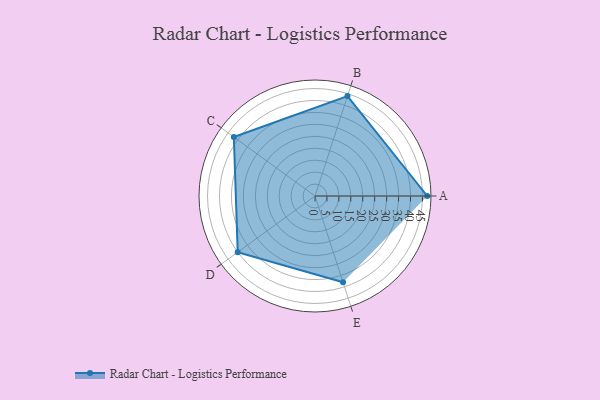
{"axis": {"x": "Skill", "y": "Score"}, "legend": ["Profile"], "data": [{"x": "A", "y": 47.0, "type": "Profile"}, {"x": "B", "y": 44.0, "type": "Profile"}, {"x": "C", "y": 42.0, "type": "Profile"}, {"x": "D", "y": 40.0, "type": "Profile"}, {"x": "E", "y": 38.0, "type": "Profile"}]}